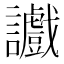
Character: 𫍔